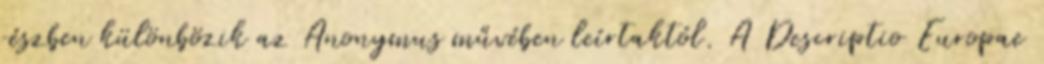
részben különbözik az Anonymus művében leírtaktól. A Descriptio Europae